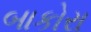
બાકોરા